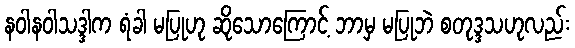
နဝါနဝါသဒ္ဒါက ရံခါ မပြုဟု ဆိုသောကြောင့် ဘာမှ မပြုဘဲ စတုဒ္ဒသဟုလည်း